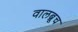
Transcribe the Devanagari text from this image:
वालब्रूच